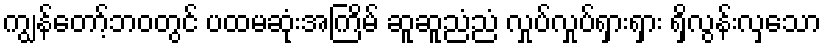
ကျွန်တော့်ဘဝတွင် ပထမဆုံးအကြိမ် ဆူဆူညံညံ လှုပ်လှုပ်ရှားရှား ရှိလွန်းလှသော